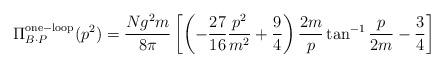
LaTeX: \begin{align*}\Pi^{\rm one-loop}_{B \cdot P}(p^2) = {Ng^2m \over 8\pi} \left[ \left(-\frac{27}{16} \frac{p^2}{m^2} + \frac{9}{4} \right) \frac{2m}{p} \tan^{-1} \frac{p}{2m} -\frac{3}{4} \right]\end{align*}